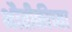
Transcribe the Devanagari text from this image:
भौतीकीच्या